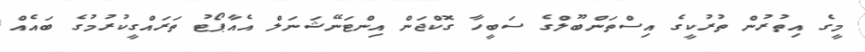
މީގެ އިތުރުން ތުރުކީގެ އިސްތަންބޫލްގެ ސަބީހާ ގޮކްޖަން އިންޓަނޭޝަނަލް އެއާޕޯޓު ތަރައްގީކުރުމުގެ ބައެއް